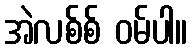
အဲလစ်စ် ဝမ်ပါ။